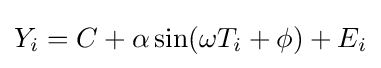
Y_{i}=C+\alpha \sin(\omega T_{i}+\phi )+E_{i}